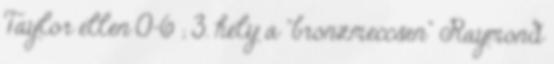
Taylor ellen 0-6 ; 3. hely a "bronzmeccsen" Raymond